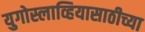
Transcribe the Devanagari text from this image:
युगोस्लाव्हियासाठीच्या